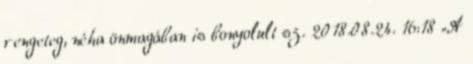
rengeteg, néha önmagában is bonyolult sz. 2018.08.24. 16:18 „A